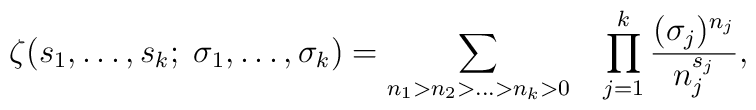
\zeta(s_1,\ldots, s_k; \; \sigma_1,\ldots, \sigma_k)= \sum_{n_1>n_2> \ldots >n_k>0}\;\;\; \prod_{j=1}^{k}\frac{(\sigma_j)^{n_j}}{n_j^{s_j}},